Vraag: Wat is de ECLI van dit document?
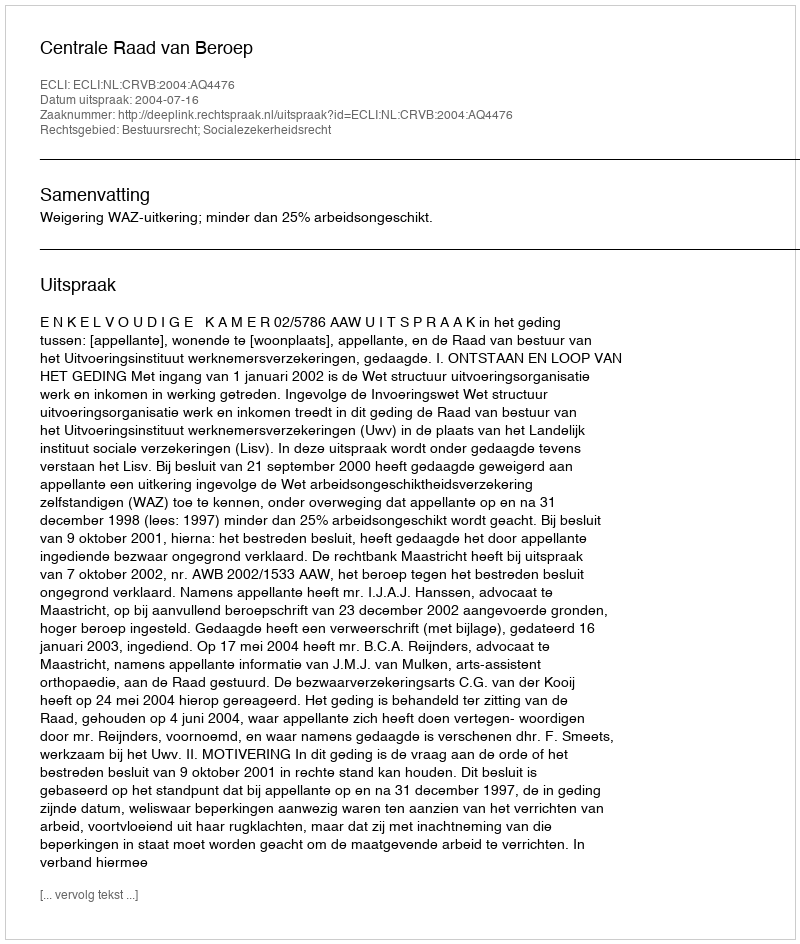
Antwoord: ECLI:NL:CRVB:2004:AQ4476